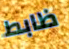
ظابط